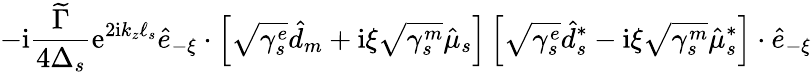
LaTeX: -\mathrm{i}\frac{\widetilde\Gamma}{4\Delta_{s}}\mathrm{e}^{2\mathrm{i}k_{z}\ell_{s}}\hat{e}_{-\xi}\cdot\left[\sqrt{\gamma_{s}^{e}}\hat{d}_{m}+\mathrm{i}\xi\sqrt{\gamma_{s}^{m}}\hat{\mu}_{s}\right]\left[\sqrt{\gamma_{s}^{e}}\hat{d}_{s}^{*}-\mathrm{i}\xi\sqrt{\gamma_{s}^{m}}\hat{\mu}_{s}^{*}\right]\cdot\hat{e}_{-\xi}